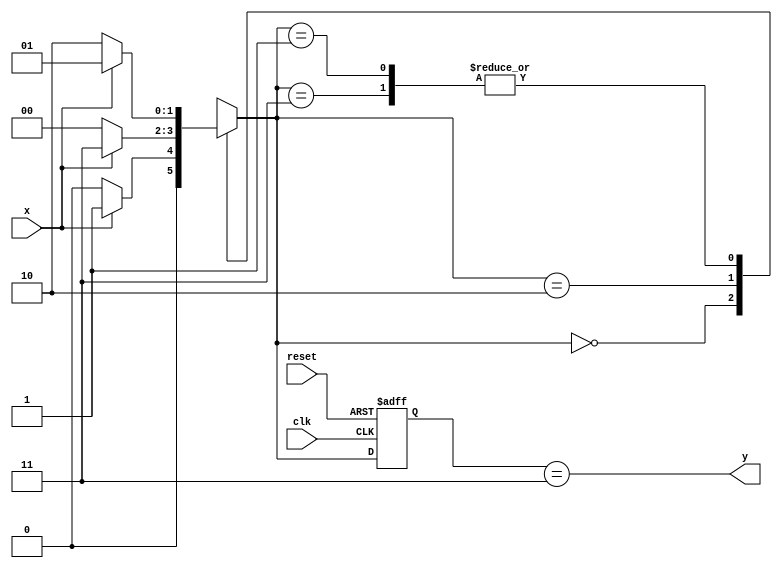
module moore_101_detector(
   input clk,
   input reset,
   input x,
   output y
   );
   
   reg [1:0] state_reg ,state_next;
   localparam s0=0;
   localparam s1=1;
   localparam s2=2;
   localparam s3=3;
   //state register
   
   always @(posedge clk , negedge reset)
   begin
           if(~reset)
           state_reg <= s0;
           
           else
           state_reg <= state_next;
   
   end
   //next state 
   always@(*)
   begin
           case(state_next)
                       
                       s0:if(x)
                          state_next = s1;
                          else   
                          state_next = s0; 
                       s1:if(x)
                          state_next = s1;
                          else   
                          state_next = s2;    
                       s2:if(x)
                          state_next = s3;
                          else   
                          state_next = s0;
                       s3:if(x)
                          state_next = s1;
                          else   
                          state_next = s2;
                  default: state_next = state_reg;          
           endcase
   end
   //output
   assign y = ( state_reg == s3 );
   
endmodule